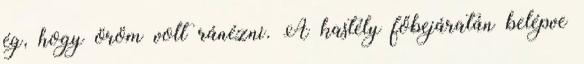
ég, hogy öröm volt ránézni. A kastély főbejáratán belépve